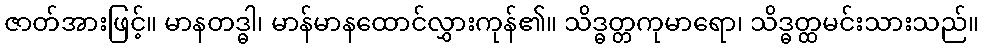
ဇာတ်အားဖြင့်။ မာနတဒ္ဓါ၊ မာန်မာနထောင်လွှားကုန်၏။ သိဒ္ဓတ္တကုမာရော၊ သိဒ္ဓတ္ထမင်းသားသည်။